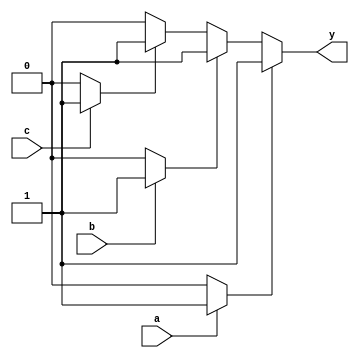
module multiple_drivers (
    input wire a,
    input wire b,
    input wire c,
    output wire y
);

    // Internal signal to hold the value driven by the drivers
    wire driver1_out;
    wire driver2_out;
    wire driver3_out;

    // Driver 1: Drives when a is high
    assign driver1_out = a ? 1'b1 : 1'b0;

    // Driver 2: Drives when b is high
    assign driver2_out = b ? 1'b1 : 1'b0;

    // Driver 3: Drives when c is high
    assign driver3_out = c ? 1'b1 : 1'b0;

    // Continuous assignment with conflict resolution based on priority
    // Here, driver1 has the highest priority, followed by driver2 and driver3
    assign y = (driver1_out) ? 1'b1 :
               (driver2_out) ? 1'b1 :
               (driver3_out) ? 1'b1 :
               1'b0; // Default value when none drives

endmodule